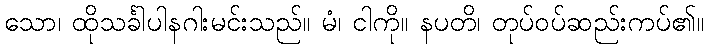
သော၊ ထိုသင်္ခါပါနဂါးမင်းသည်။ မံ၊ ငါကို။ နပတိ၊ တုပ်ဝပ်ဆည်းကပ်၏။